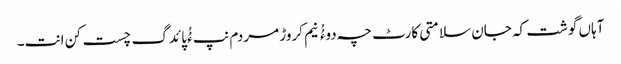
آہاں گوشت کہ جان سلامتی کارٹ چہ دوءُُ نیم کروڑ مردم نپ ءُُ پائدگ چست کن انت۔